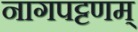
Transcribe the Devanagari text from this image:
नागपट्टणम्